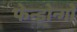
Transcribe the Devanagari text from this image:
फेन्डोन्गो